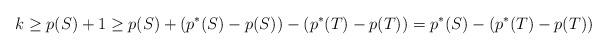
LaTeX: \begin{align*}k \ge p(S)+1 \ge p(S) + (p^*(S)-p(S)) - ( p^*(T) -p(T)) = p^*(S) -(p^*(T)-p(T))\end{align*}